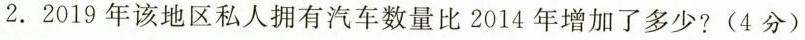
2.2019年该地区私人拥有汽车数量比2014年增加了多少?(4分)